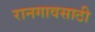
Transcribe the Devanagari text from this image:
रानगावसाठी